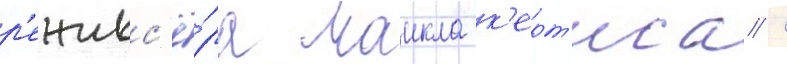
р'ежисс'ё́ра маикла к'ерт'иса /